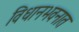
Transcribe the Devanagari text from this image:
विधानभवनात